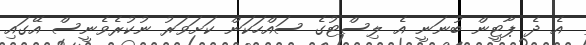
އެ ދެ ޕާޓީން ބުނަނީ އެ ލިސްޓުގެ ސައްހަކަން ކަށަވަރު ނުކުރެވެނީސް އޭގައި